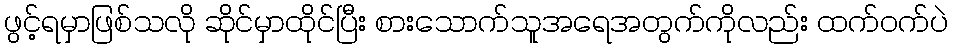
ဖွင့်ရမှာဖြစ်သလို ဆိုင်မှာထိုင်ပြီး စားသောက်သူအရေအတွက်ကိုလည်း ထက်ဝက်ပဲ